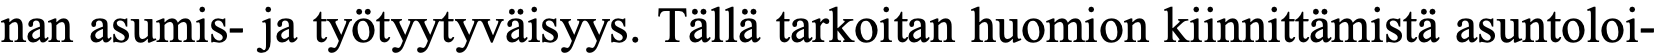
nan asumis- ja työtyytyväisyys. Tällä tarkoitan huomion kiinnittämistä asuntoloi-